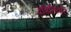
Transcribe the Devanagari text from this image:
देत्रितिवोरे